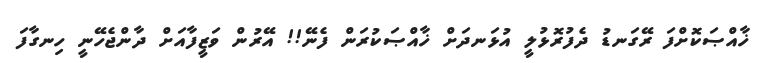
ޚާއްޞަކޮށްފަ ރޭގަނޑު ދެފުރޮޅުލީ އުޅަނދަށް ޚާއްޞަކުރަން ފެނޭ!! އޭރުން ވަޒީފާއަށް ދާންޖެހޭނީ ހިނގާފަ